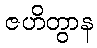
ဇဟိတွာန